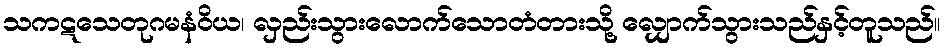
သကဋသေတုဂမနံဝိယ၊ လှည်းသွားလောက်သောတံတားသို့ လျှောက်သွားသည်နှင့်တူသည်။